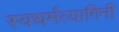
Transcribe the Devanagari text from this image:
स्वधर्मत्यागिनी